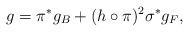
LaTeX: \begin{align*}g=\pi^{*}g_{B}+(h\circ\pi)^{2}\sigma^{*}g_{F},\end{align*}